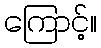
ကြောင့်။